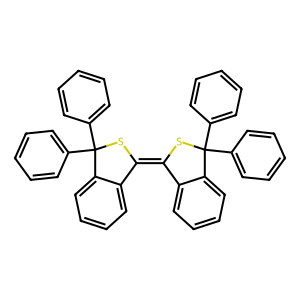
SMILES: c1ccc(C2(c3ccccc3)SC(=C3SC(c4ccccc4)(c4ccccc4)c4ccccc43)c3ccccc32)cc1
Inhibits HIV replication: No